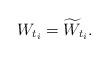
LaTeX: \begin{align*}W_{t_i}=\widetilde W_{t_i}.\end{align*}